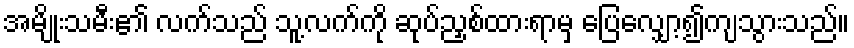
အမျိုးသမီး၏ လက်သည် သူ့လက်ကို ဆုပ်ညှစ်ထားရာမှ ပြေလျှော့၍ကျသွားသည်။